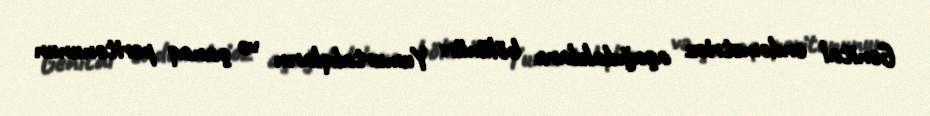
Genital endometrioz aşağıdakılara bölünür: Yumurtalıqların və çanaq peritonunun